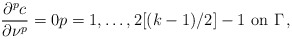
\begin{align*}\displaystyle{\frac{\partial ^p c}{\partial \nu^p}=0 p=1, \ldots, 2 [(k-1)/2] -1 \mbox{ on } \Gamma\,,}\end{align*}